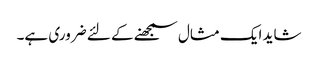
شاید ایک مثال سمجھنے کے لئے ضروری ہے۔